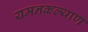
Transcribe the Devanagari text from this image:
यमनकल्याण